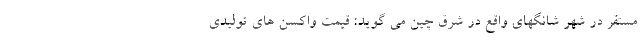
مستقر در شهر شانگهای واقع در شرق چین می گوید: قیمت واکسن های تولیدی